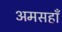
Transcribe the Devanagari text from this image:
अमसहाँ